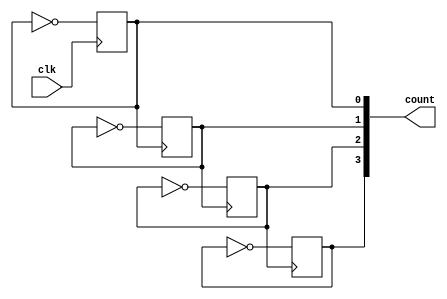
`timescale 1ns / 1ps
//////////////////////////////////////////////////////////////////////////////////
// Company: 
// Engineer: 
// 
// Design Name: 
// Module Name: counter_4bit_async
// Project Name: 
// Target Devices: 
// Tool Versions: 
// Description: 
// 
// Dependencies: 
// 
// Revision:
// Revision 0.01 - File Created
// Additional Comments:
// 
//////////////////////////////////////////////////////////////////////////////////


module counter_4bit_async(clk,count);
    input clk;
    output reg [3:0] count;
    
    initial
        count=4'b1111;
    always@(negedge clk)
        count[0]=~count[0];
    always@(negedge count[0])
        count[1]=~count[1];
    always@(negedge count[1])
            count[2]=~count[2];
    always@(negedge count[2])
                count[3]=~count[3];
endmodule